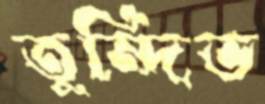
তুন্দিভ